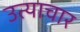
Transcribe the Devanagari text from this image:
उत्याचार